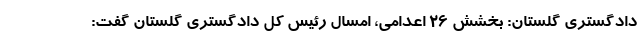
دادگستری گلستان: بخشش ۲۶ اعدامی، امسال رئیس کل دادگستری گلستان گفت: